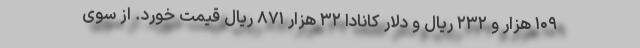
۱۰۹ هزار و ۲۳۲ ریال و دلار کانادا ۳۲ هزار ۸۷۱ ریال قیمت خورد. از سوی